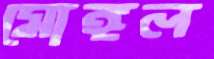
মোঙ্গল